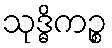
သုဒ္ဓိကဉ္စ